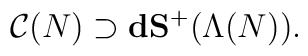
{\cal C}(N) \supset\mathbf{dS^+}(\Lambda(N)).